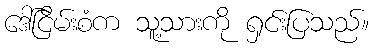
ဒေါ်ငြိမ်းစံက သူ့သားကို ရှင်းပြသည်။